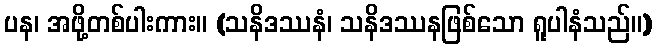
ပန၊ အဖို့တစ်ပါးကား။ (သနိဒဿနံ၊ သနိဒဿနဖြစ်သော ရူပါနံသည်။)